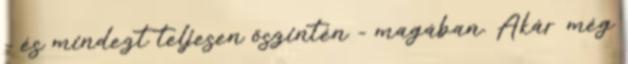
- és mindezt teljesen őszintén - magában. Akár még